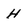
Character: h